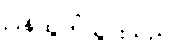
ပြန်ထွက်သွားသည်။